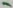
Text: 1